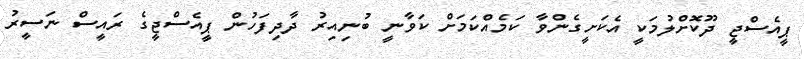
ޕީއެސްޖީ ދޫކޮށްލުމަކީ އެކަށީގެންވާ ކަމެއްކަމަށް ކަވާނީ ބުނިއިރު ދާދިފަހުން ޕީއެސްޖީގެ ރައީސް ނަސީރު